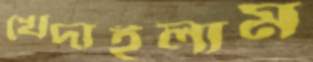
খেদাইলাম